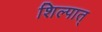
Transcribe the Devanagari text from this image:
शिल्पात्